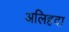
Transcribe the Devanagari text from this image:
अलिहदा